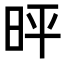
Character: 𪰓